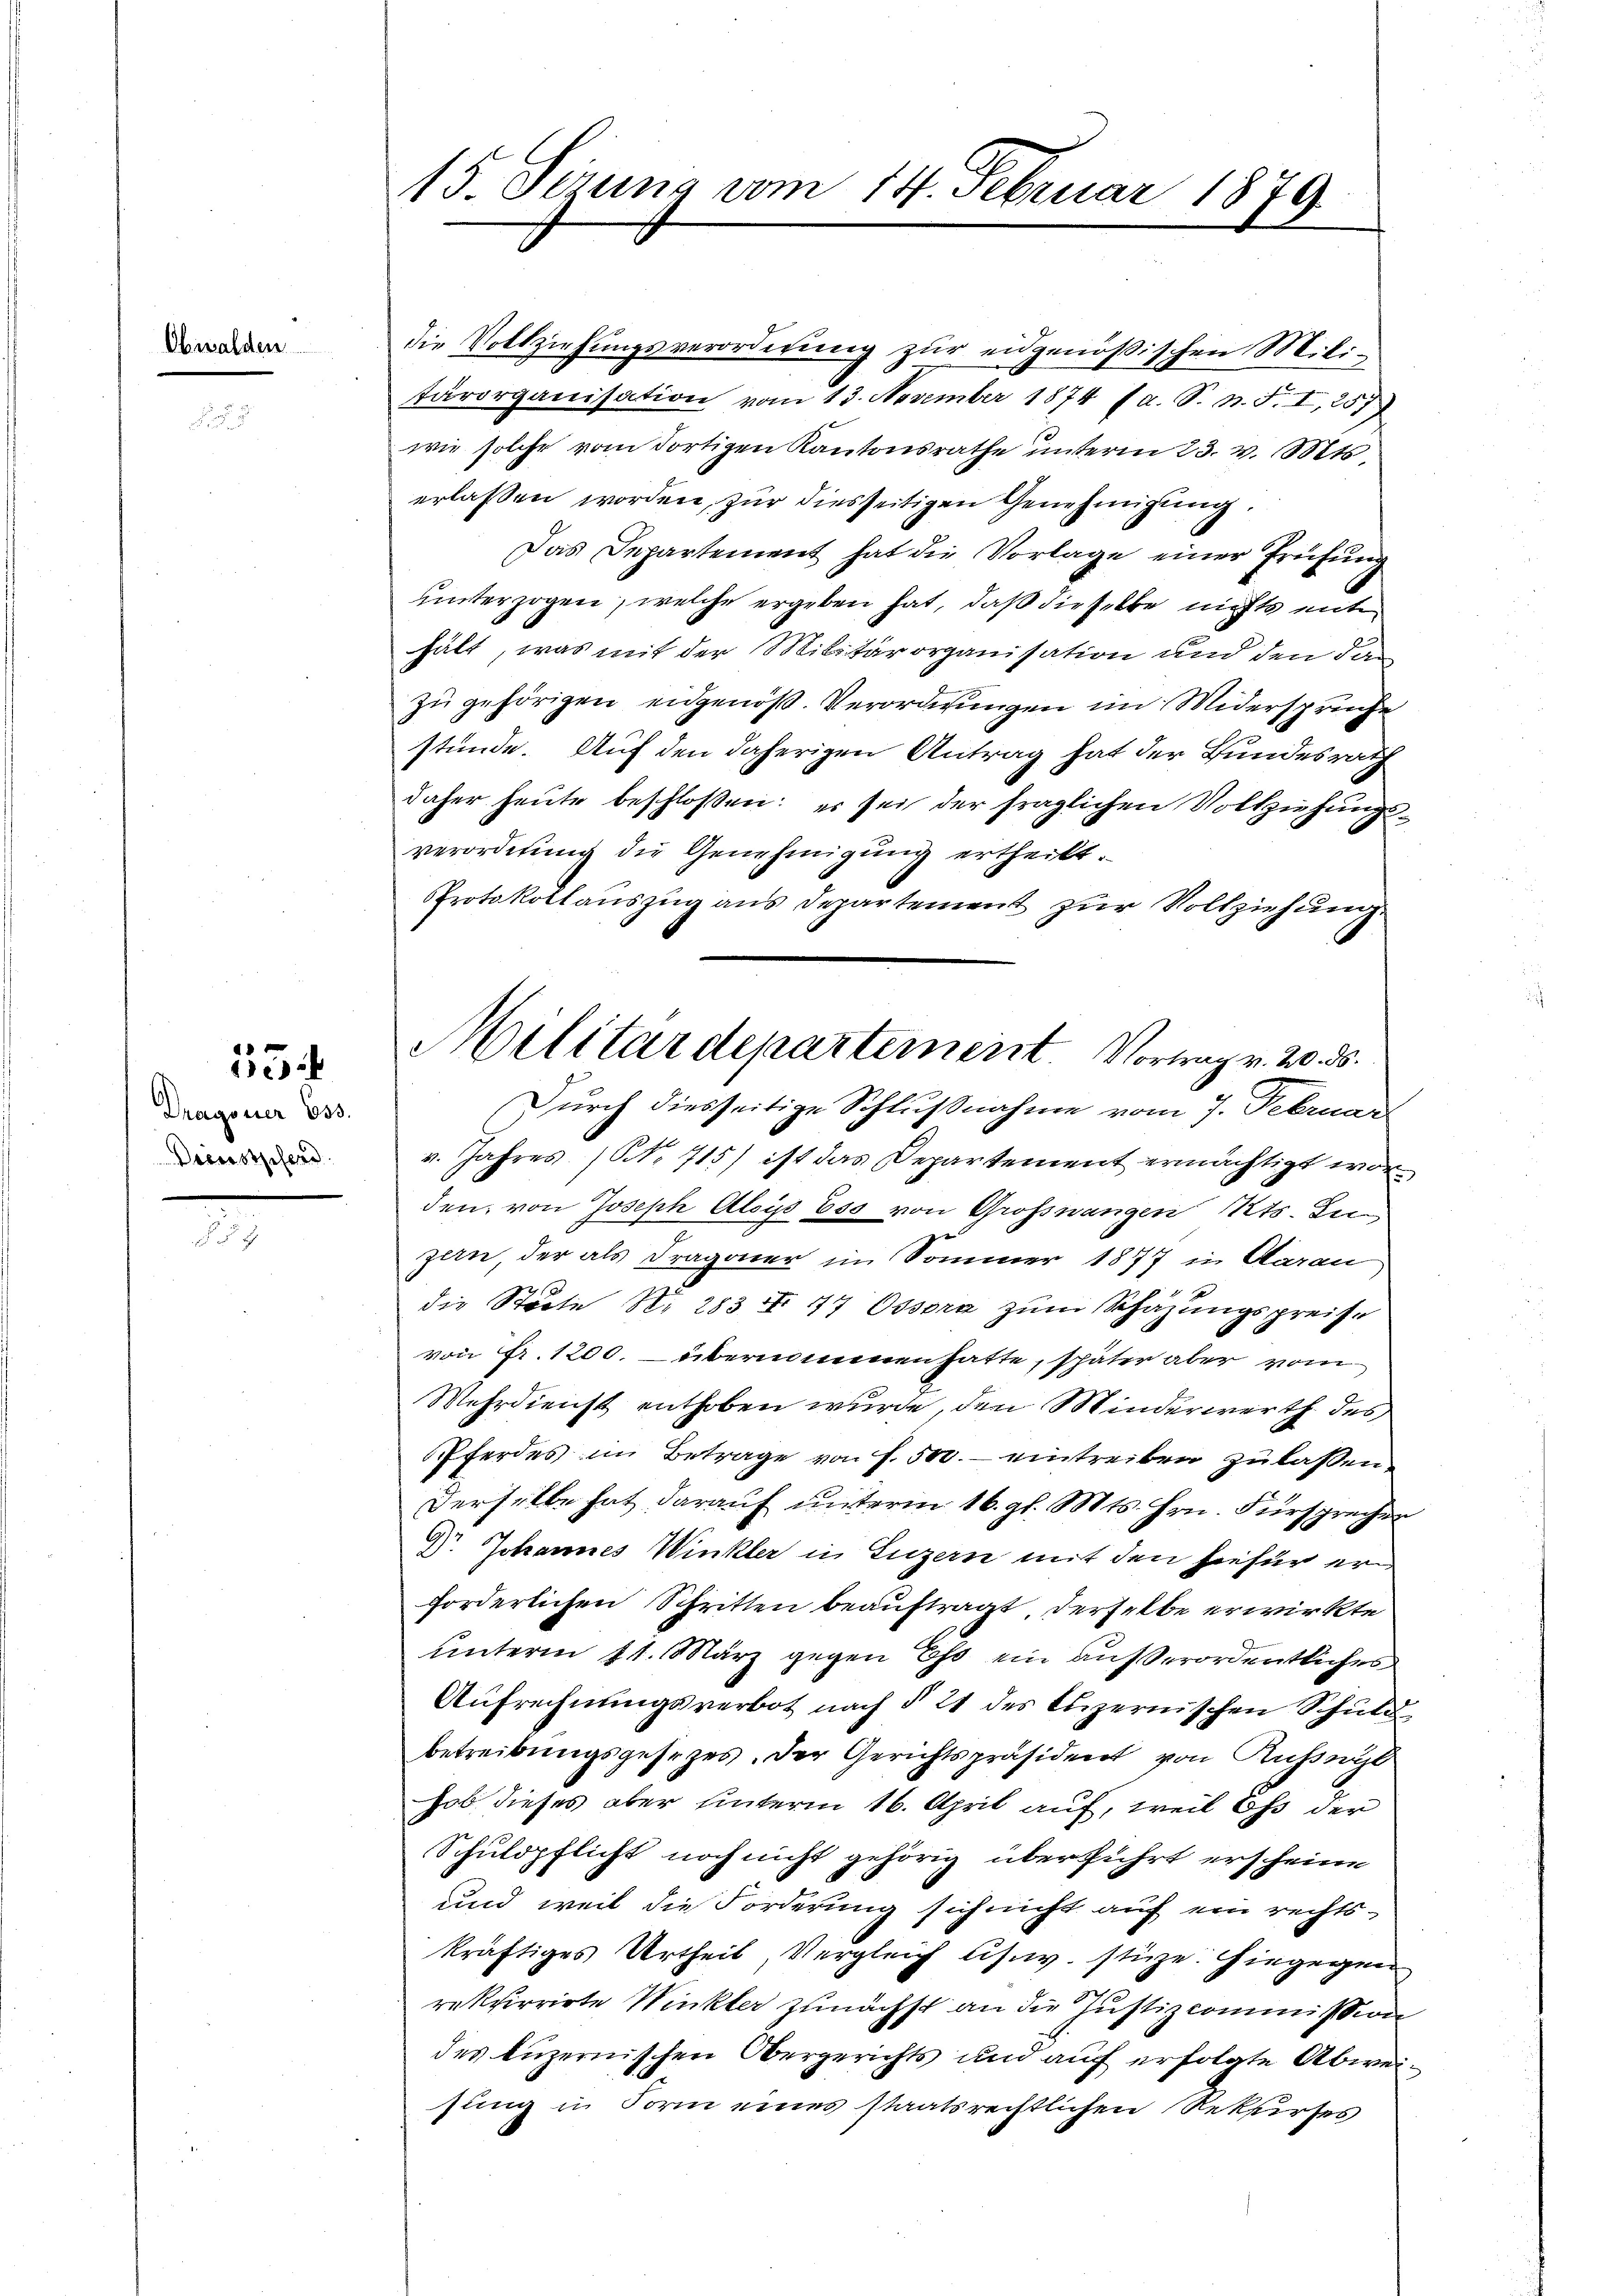
Obwalden

1
14

Dragoner 633.
Decorstpferd

15. Sezung vom 14. Februar 1879.

die Vollziehungsverordnung zur eidgenößischen Mili-
tärorganisation vom 13. November 1874 (a. S. n. F. I, 257
wie solche vom dortigen Kantonsrathe ŭnterm 23. v. Mts.
erlassen worden, zur diesseitigen Genehmigung.
Das Departement hat die Vorlage einer Prüfung
unterzogen, welche ergeben hat, daß die selbe nichts ent
hält, was mit der Militärorganisation und den dan
zu gehörigen eidgenöß. Verordnungen im Widersprüche
stünde. Auf den daherigen Antrag hat der Bundesrath
daher heute beschlossen: es sei der fraglichen Vollziehungsverordnung die Genehmigŭng ertheilt.
Protokollauszug aus Departement zur Vollziehung.
v. Jahres (NNo 715) ist das Departement ermächtigt worden, von Joseph Alois 650 von Grosswangen Kts. In
zern, der als Dragoner im Sommer 1877 in Aarau
die Städte N. 283 II 17 Ossera zum Schazungspreise
von Fr. 1200. – übernommenen hatte, später aber vom
Wehrdienst enthoben wurde, den Minderwerth des
Pferdes im Betrage von f. 500.- eintreiben zulassen,
Derselbe hat darauf unterm 16. gl. Mts. Hrn. Fürsprecher
Dr. Johannes Winkler in Luzern mit den hiefür er
forderlichen Schritten beauftragt, derselbe erwirkte
unterm 11. März gegen Ehe ein außerordentliches
Aufrechnungsverbot nach § 21 des Luzernischen Schuld
betreibungsgesezes. Der Gerichtspräsident von Ruswyl
hob dieses aber unterm 16. April auf, weil es der
Schuldpflicht noch nicht gehörig überführt erscheine
und weil die Forderung sich nicht auf ein rechts-
kräftiges Urtheil, Vergleich usw. stüze. Hiegegen
rekfirrirte Winkler zunächst an die Justizcommission
des Luzernischen Obergerichts und auf erfolgte Abweisung in Form eines staatsrechtlichen Rekurses

Militärdepartement Vortrag v. 20. ds.
Durch diesseitige Schlußnahme vom 7. Februar